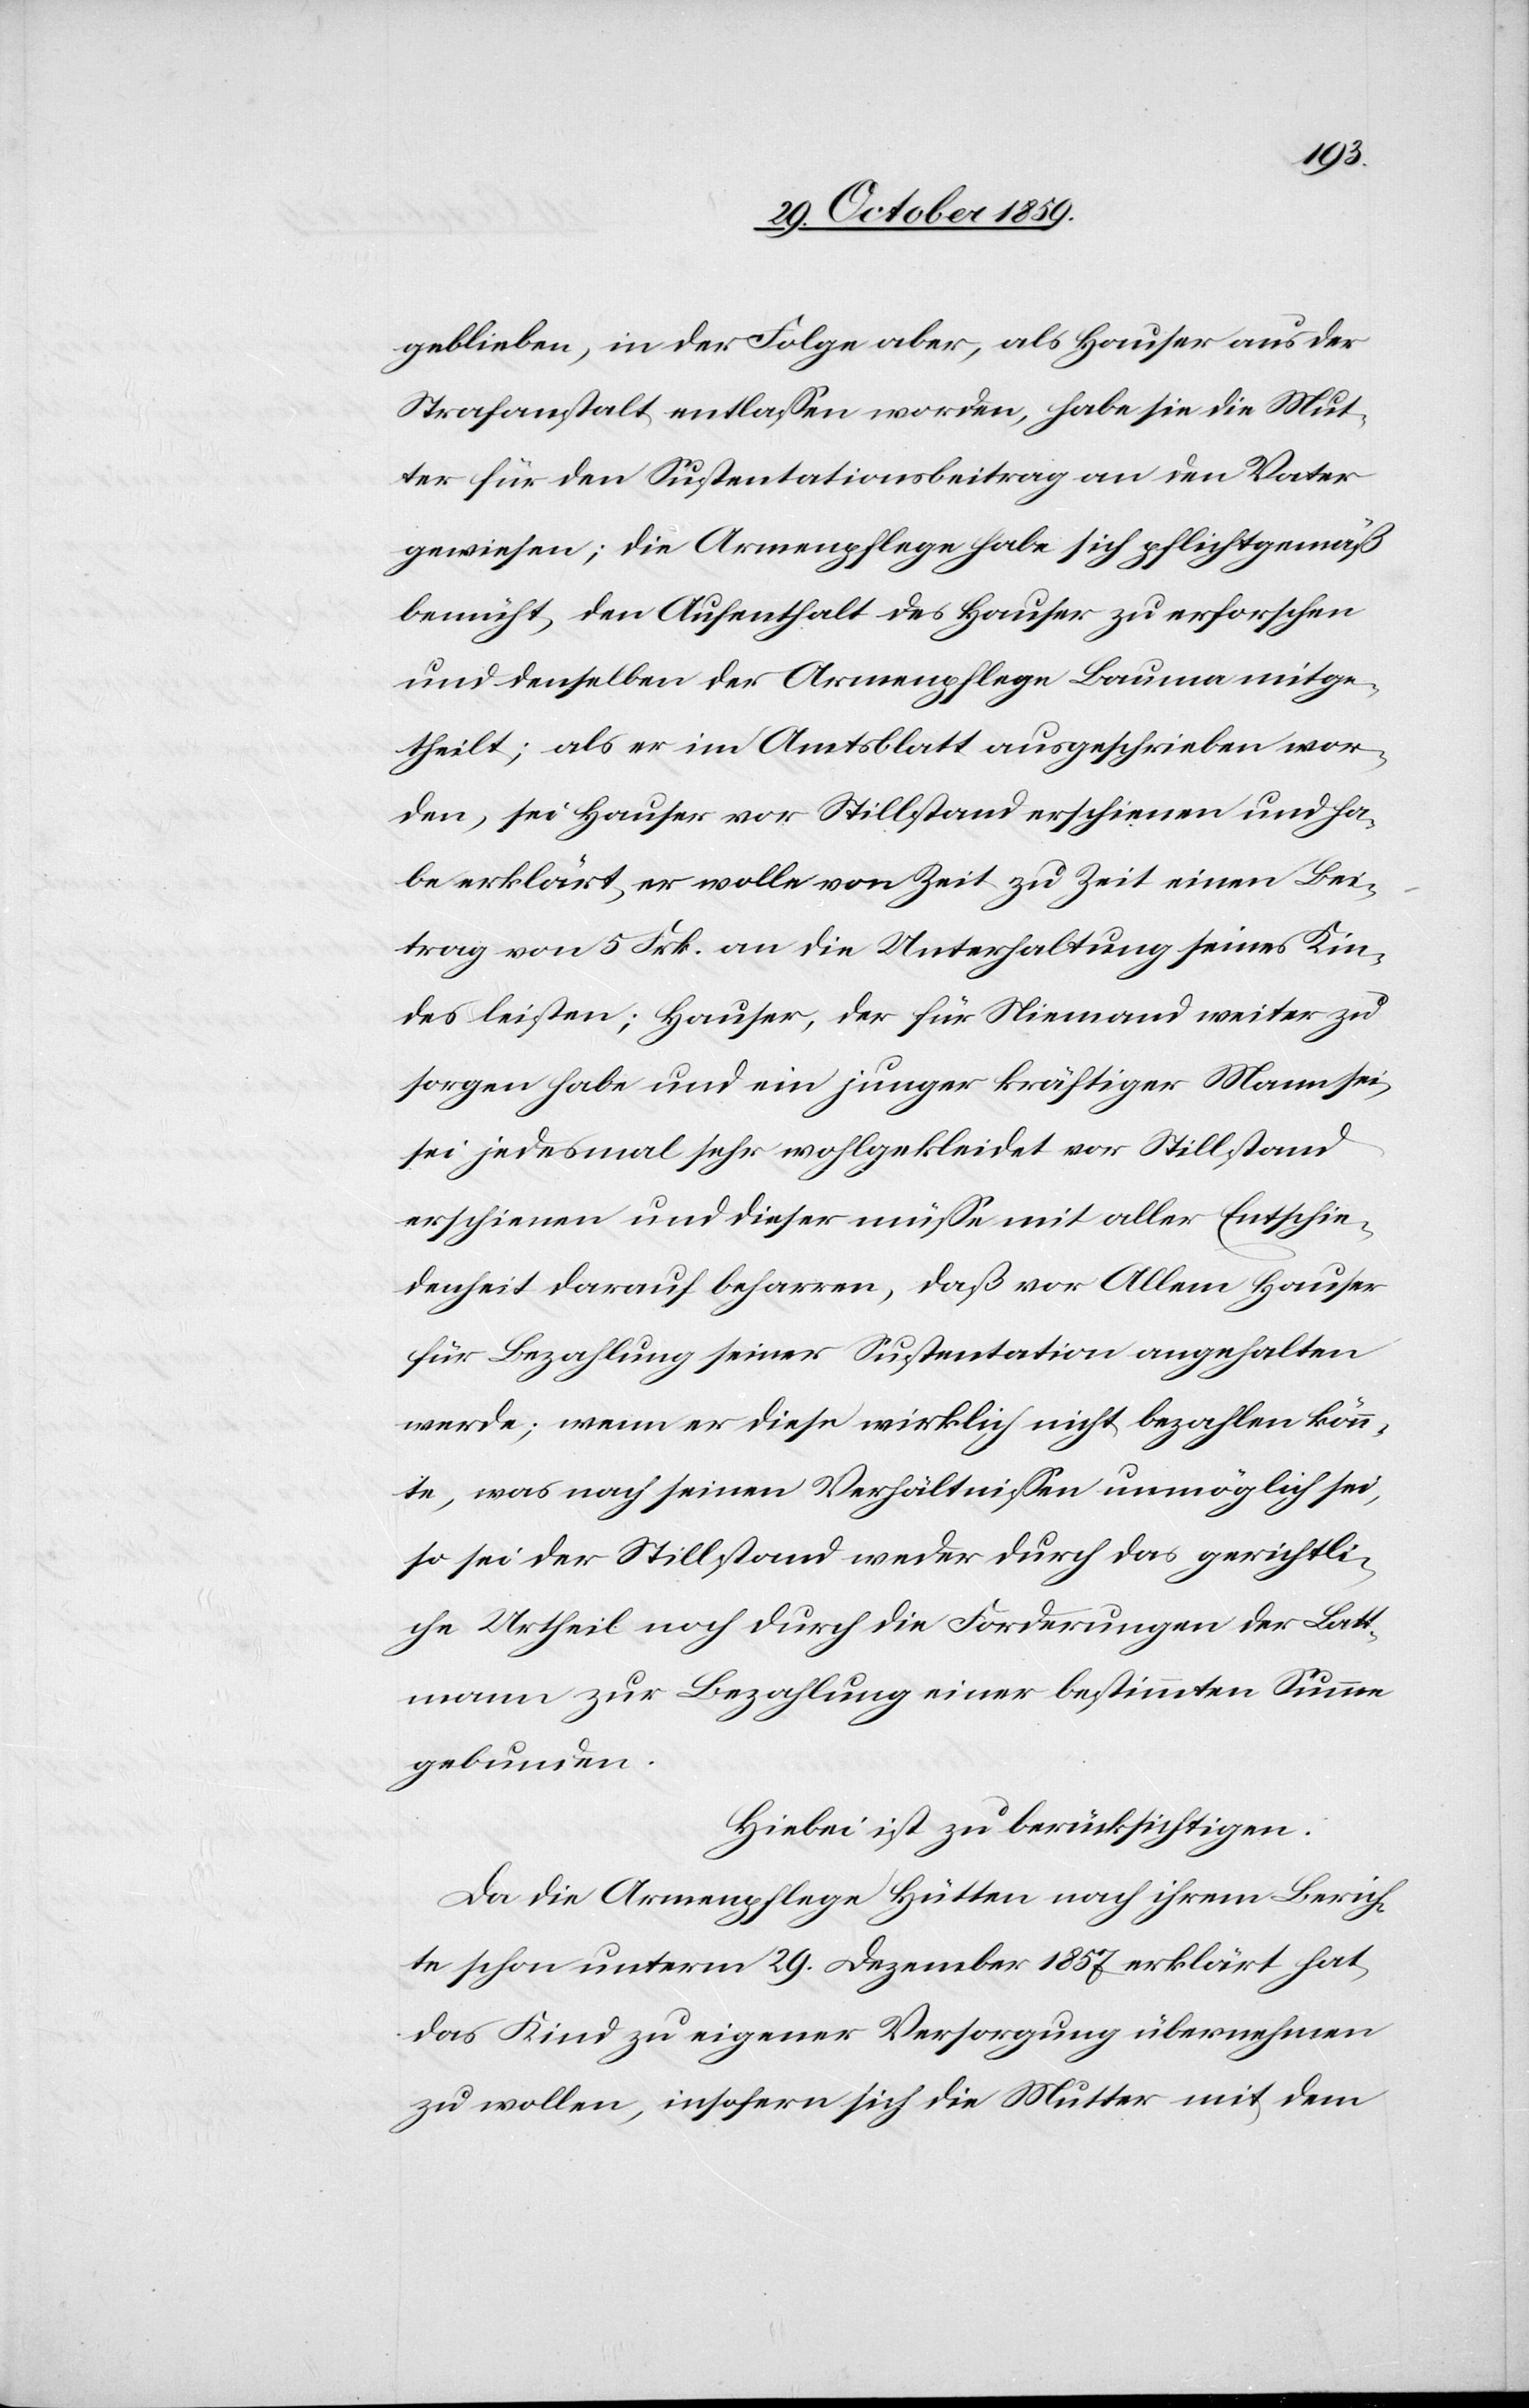
geblieben, in der Folge aber, als Hauser aus der
Strafanstalt entlassen worden, habe sie die Mut¬
ter für den Sustentationsbeitrag an den Vater
gewiesen; die Armenpflege habe sich pflichtgemäß
bemüht, den Aufenthalt des Hauser zu erforschen
und denselben der Armenpflege Bauma mitge¬
theilt; als er im Amtsblatt ausgeschrieben wor¬
den, sei Hauser vor Stillstand erschienen und ha¬
be erklärt, er wolle von Zeit zu Zeit einen Bei¬
trag von 5 Frk. an die Unterhaltung seines Kin¬
des leisten; Hauser, der für Niemand weiter zu
sorgen habe und ein junger kräftiger Mann sei,
sei jedesmal sehr wohlgekleidet vor Stillstand
erschienen und dieser müsse mit aller Entschie¬
denheit darauf beharren, daß vor Allem Hauser
für Bezahlung seiner Sustentation angehalten
wurde; wenn er diese wirklich nicht bezahlen könn¬
te, was nach seinen Verhältnissen unmöglich sei,
so sei der Stillstand weder durch das gerichtli¬
che Urtheil noch durch die Forderung der Latt¬
mann zur Bezahlung einer bestimmten Summe
gebunden.
Hiebei ist zu berücksichtigen:
Da die Armenpflege Hütten nach ihrem Berich¬
te schon unterm 29. Dezember 1857 erklärt hat,
das Kind zu eigener Versorgung übernehmen
zu wollen, insofern sich die Mutter mit dem